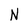
Character: N